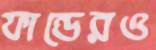
ফান্ডেরও